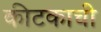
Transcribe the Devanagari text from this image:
कीटकाची